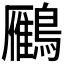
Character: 𪆒